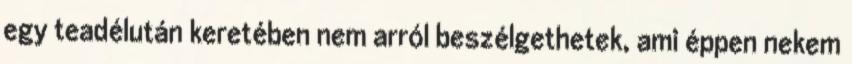
egy teadélután keretében nem arról beszélgethetek, ami éppen nekem